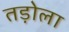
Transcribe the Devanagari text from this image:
तड़ोला